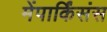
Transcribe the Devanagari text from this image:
मेंपार्किंसंस